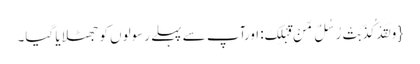
{ وَ لَقَدْ کُذِّبَتْ رُسُلٌ مِّنْ قَبْلِکَ: اورآپ سے پہلے رسولوں کو جھٹلایا گیا۔